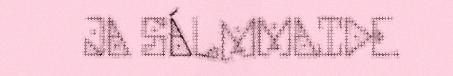
JA SÁLMMAIDE.